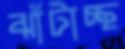
ঝাঁটাচ্ছ